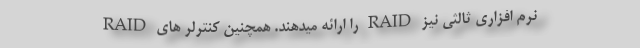
RAID را ارائه میدهند. همچنین کنترلر های RAID نرم افزاری ثالثی نیز